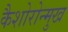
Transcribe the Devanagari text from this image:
कैशोरोन्मुख